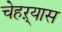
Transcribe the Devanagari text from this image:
चेहऱ्यास